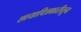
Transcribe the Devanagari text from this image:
छायाचित्रकारीतून